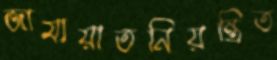
জামায়াতনিয়ন্ত্রিত